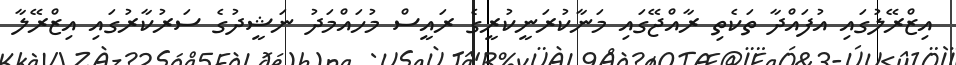
އިޒްރޭލުގައި އުފައްދާ ތަކެތި ރާއްޖޭގައި މަނާކުރަނީކުރީގެ ރައީސް މުހައްމަދު ނަޝީދުގެ ސަރުކާރުގައި އިޒްރޭލާ